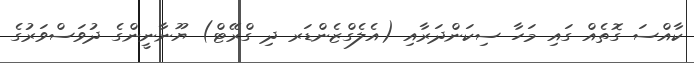
ކާއްސަ ގޮތެއް ގައި މަހާ ސިކަންދަރާއި (އެލެގްޒެންޑަރ ދި ގްރޭޓް) ޔޫނާނީންގެ ދުވަސްވަރުގެ